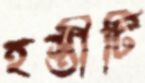
হস্তীটি